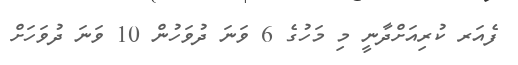
ފެއަރ ކުރިއަށްދާނީ މި މަހުގެ 6 ވަނަ ދުވަހުން 10 ވަނަ ދުވަހަށް